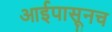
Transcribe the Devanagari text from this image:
आईपासूनच